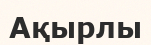
Ақырлы